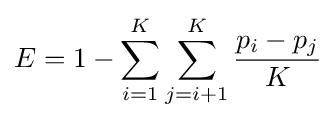
E=1-\sum _{i=1}^{K}\sum _{j=i+1}^{K}{\frac {p_{i}-p_{j}}{K}}